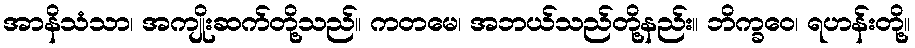
အာနိသံသာ၊ အကျိုးဆက်တို့သည်။ ကတမေ၊ အဘယ်သည်တို့နည်း။ ဘိက္ခဝေ၊ ရဟန်းတို့။